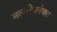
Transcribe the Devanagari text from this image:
मल्टीफ्लेक्स